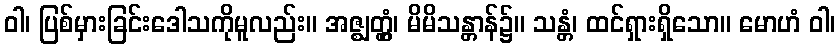
ဝါ၊ ပြစ်မှားခြင်းဒေါသကိုမူလည်း။ အဇ္ဈတ္တွံ၊ မိမိသန္တာန်၌။ သန္တံ၊ ထင်ရှားရှိသော။ မောဟံ ဝါ၊